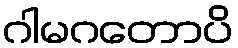
ဂါမဂတောပိ